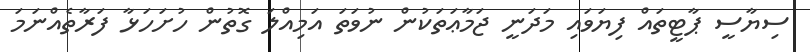
ސިޔާސީ ޕާޓީތައް ފިޔަވައި މަދަނީ ޖަމާޢަތަކުން ނުވަތަ އަމިއްލަ ގޮތުން ހުށަހަޅާ ފަރާތެއްނަމަ